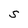
Character: S